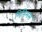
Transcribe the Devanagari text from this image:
मिनिमस